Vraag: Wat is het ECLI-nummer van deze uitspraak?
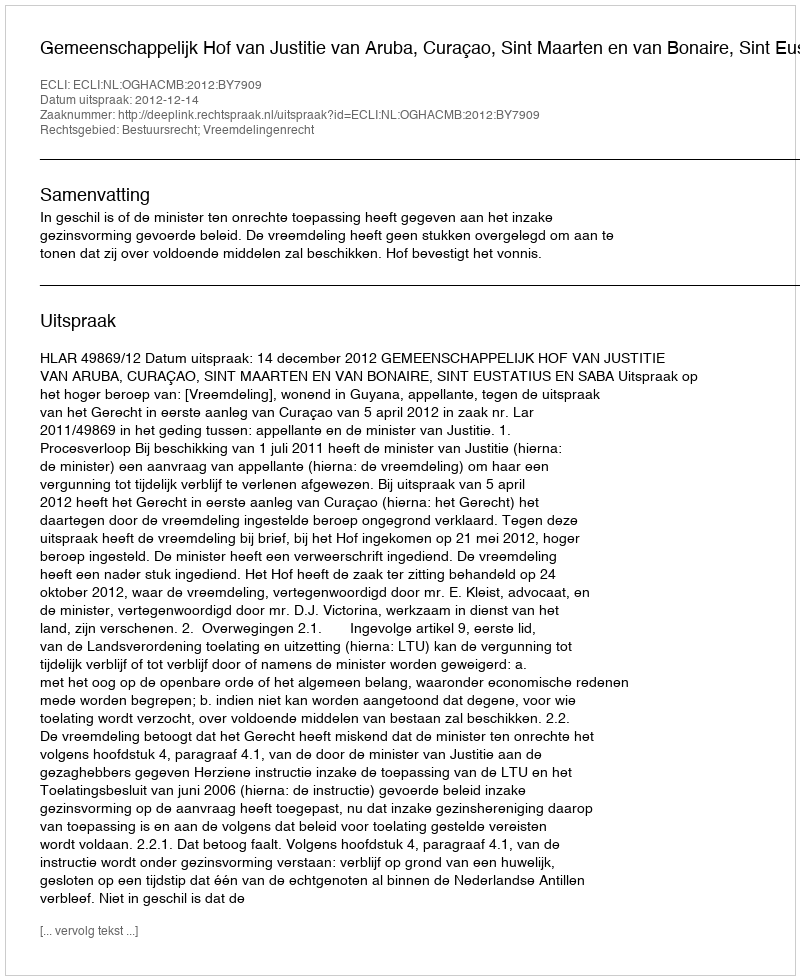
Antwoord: ECLI:NL:OGHACMB:2012:BY7909